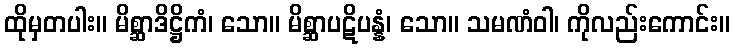
ထိုမှတပါး။ မိစ္ဆာဒိဋ္ဌိကံ၊ သော။ မိစ္ဆာပဋိပန္နံ၊ သော။ သမဏံဝါ၊ ကိုလည်းကောင်း။